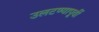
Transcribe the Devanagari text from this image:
उलटण्यापूर्वी